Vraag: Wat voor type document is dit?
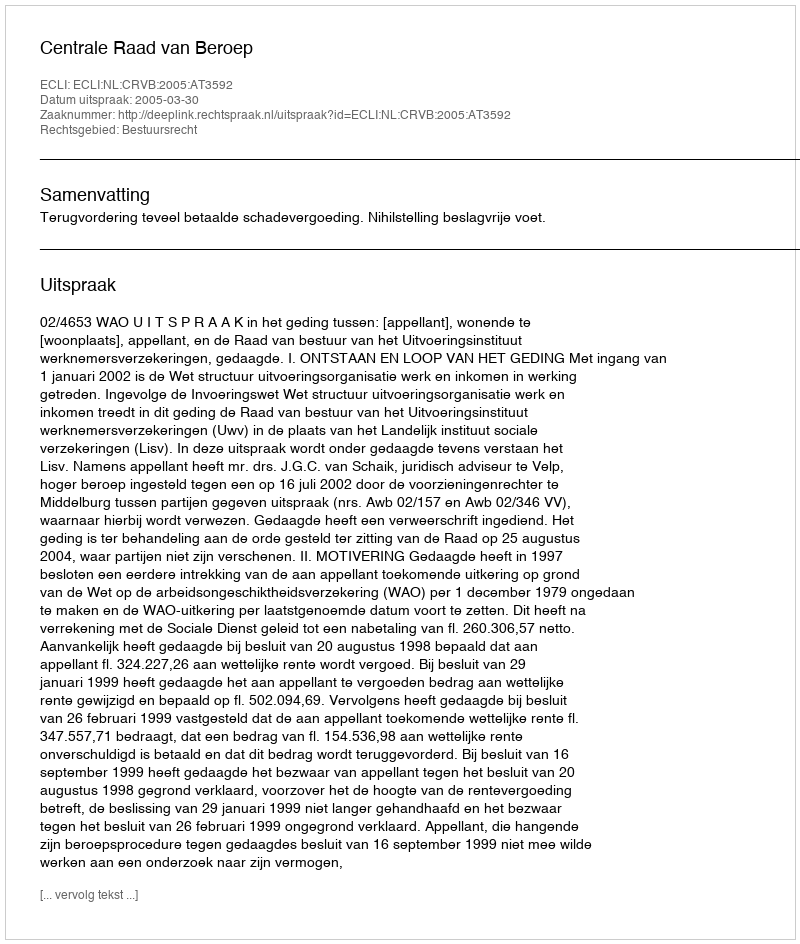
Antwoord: Uitspraak